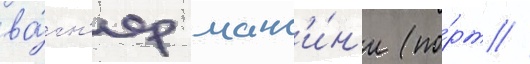
ва́гн'ер манс'и́н'и (по́рт //